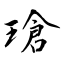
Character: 瑲